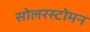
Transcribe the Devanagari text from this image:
सोलरस्टोमन